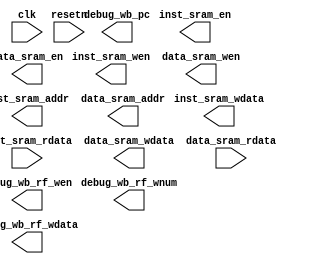
module pipeline_simple_cpu_stub(
    input         clk,
    input         resetn,
    // inst sram interface
    output        inst_sram_en,
    output [ 3:0] inst_sram_wen,
    output [31:0] inst_sram_addr,
    output [31:0] inst_sram_wdata,
    input  [31:0] inst_sram_rdata,
    // data sram interface
    output        data_sram_en,
    output [ 3:0] data_sram_wen,
    output [31:0] data_sram_addr,
    output [31:0] data_sram_wdata,
    input  [31:0] data_sram_rdata,
    // trace debug interface
    output [31:0] debug_wb_pc,
    output [ 3:0] debug_wb_rf_wen,
    output [ 4:0] debug_wb_rf_wnum,
    output [31:0] debug_wb_rf_wdata
);

endmodule